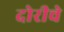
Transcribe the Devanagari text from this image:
दोरीचे